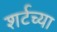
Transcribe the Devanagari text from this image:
शर्टच्या